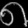
Digit: ၈